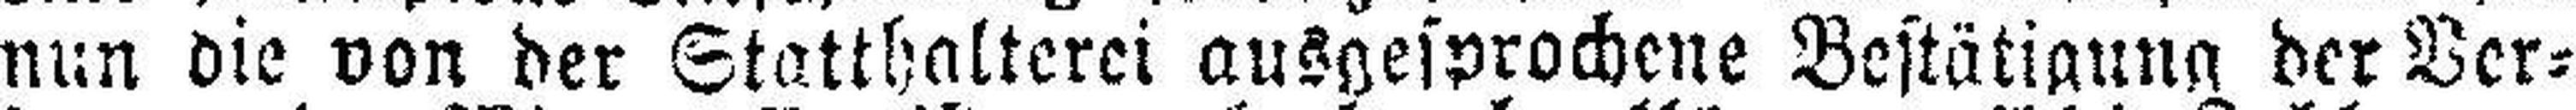
nun die von der Statthalterei ausgesprochene Bestätigung der Ver¬